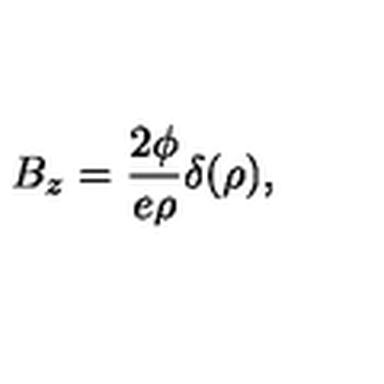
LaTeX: B _ { z } = { \frac { 2 \phi } { e \rho } } \delta ( \rho ) ,